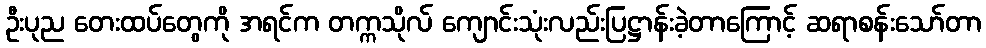
ဦးပုည တေးထပ်တွေကို အရင်က တက္ကသိုလ် ကျောင်းသုံးလည်းပြဋ္ဌာန်းခဲ့တာကြောင့် ဆရာစန်းသော်တာ